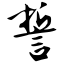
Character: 誓